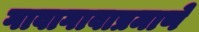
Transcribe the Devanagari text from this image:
गावागावाप्रमाणे